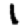
Digit: 1